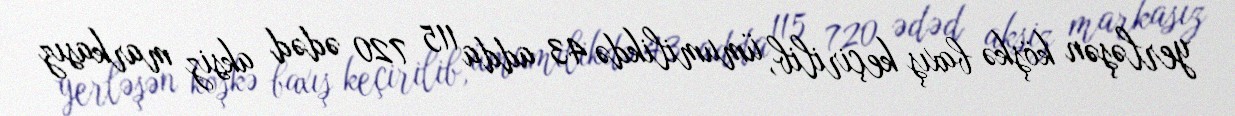
yerləşən köşkə baxış keçirilib, ümumilikdə 43 adda 115 720 ədəd aksiz markasız